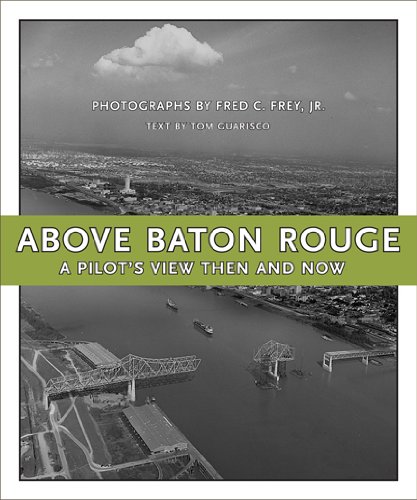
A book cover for Above Baton Rouge: A Pilot's View Then and Now; Tom Guarisco; Arts & Photography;